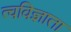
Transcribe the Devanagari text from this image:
त्वविज्ञाता